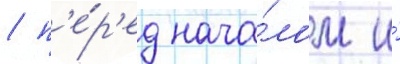
/ п'е́р'ед нача́лом и́